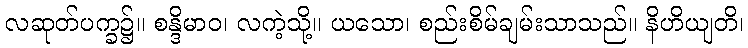
လဆုတ်ပက္ခ၌။ စန္ဒိမာဝ၊ လကဲ့သို့။ ယသော၊ စည်းစိမ်ချမ်းသာသည်။ နိဟိယျတိ၊